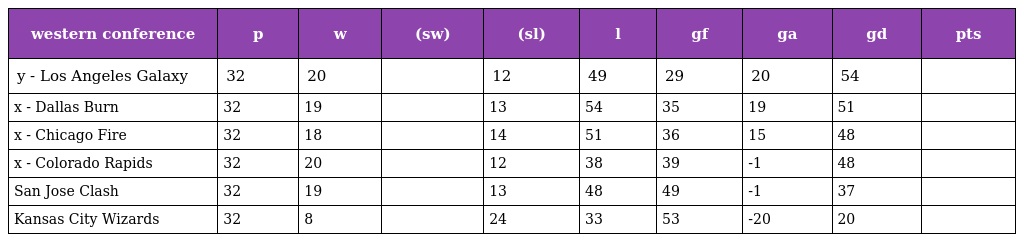
| western conference | p | w | (sw) | (sl) | l | gf | ga | gd | pts |
 | --- | --- | --- | --- | --- | --- | --- | --- | --- | --- |
 | y - Los Angeles Galaxy | 32 | 20 |  | 12 | 49 | 29 | 20 | 54 |  |
 | x - Dallas Burn | 32 | 19 |  | 13 | 54 | 35 | 19 | 51 |  |
 | x - Chicago Fire | 32 | 18 |  | 14 | 51 | 36 | 15 | 48 |  |
 | x - Colorado Rapids | 32 | 20 |  | 12 | 38 | 39 | -1 | 48 |  |
 | San Jose Clash | 32 | 19 |  | 13 | 48 | 49 | -1 | 37 |  |
 | Kansas City Wizards | 32 | 8 |  | 24 | 33 | 53 | -20 | 20 |  |